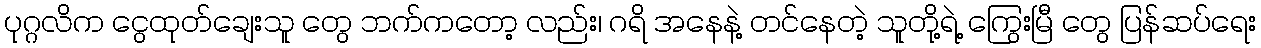
ပုဂ္ဂလိက ငွေထုတ်ချေးသူ တွေ ဘက်ကတော့ လည်း၊ ဂရိ အနေနဲ့ တင်နေတဲ့ သူတို့ရဲ့ ကြွေးမြီ တွေ ပြန်ဆပ်ရေး